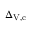
\Delta _ { \mathrm { V } , \mathrm { c } }